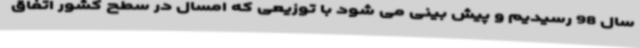
سال 98 رسیدیم و پیش بینی می شود با توزیعی که امسال در سطح کشور اتفاق